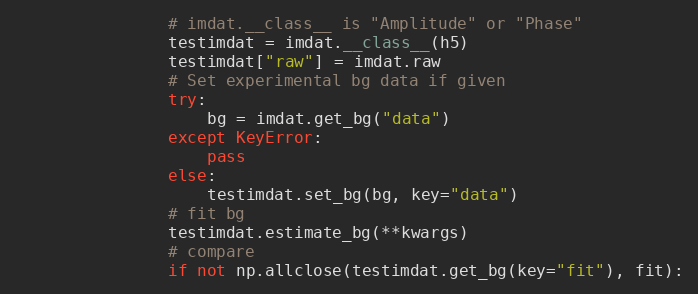
Language: Python
                # imdat.__class__ is "Amplitude" or "Phase"
                testimdat = imdat.__class__(h5)
                testimdat["raw"] = imdat.raw
                # Set experimental bg data if given
                try:
                    bg = imdat.get_bg("data")
                except KeyError:
                    pass
                else:
                    testimdat.set_bg(bg, key="data")
                # fit bg
                testimdat.estimate_bg(**kwargs)
                # compare
                if not np.allclose(testimdat.get_bg(key="fit"), fit):